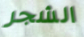
الشجر